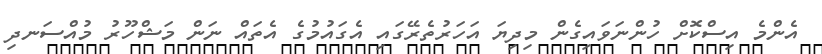
އެންމެ އިސްކޮށް ހުންނަވައިގެން މިދިޔަ އަހަރުތެރޭގައި އެގައުމުގެ އެތައް ނަން މަޝްހޫރު މުއްސަނދި